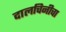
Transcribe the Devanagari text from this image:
दालचिनीचा